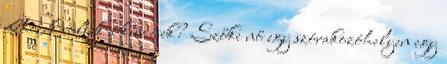
nehezek voltak a kérdések? Szőke nő egy szórakozóhelyen egy